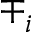
\mp _ { i }